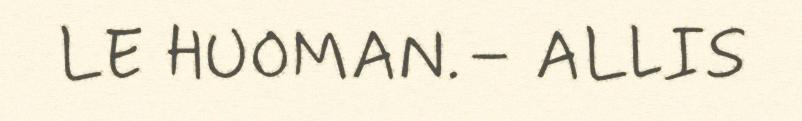
LE HUOMAN.– ALLIS